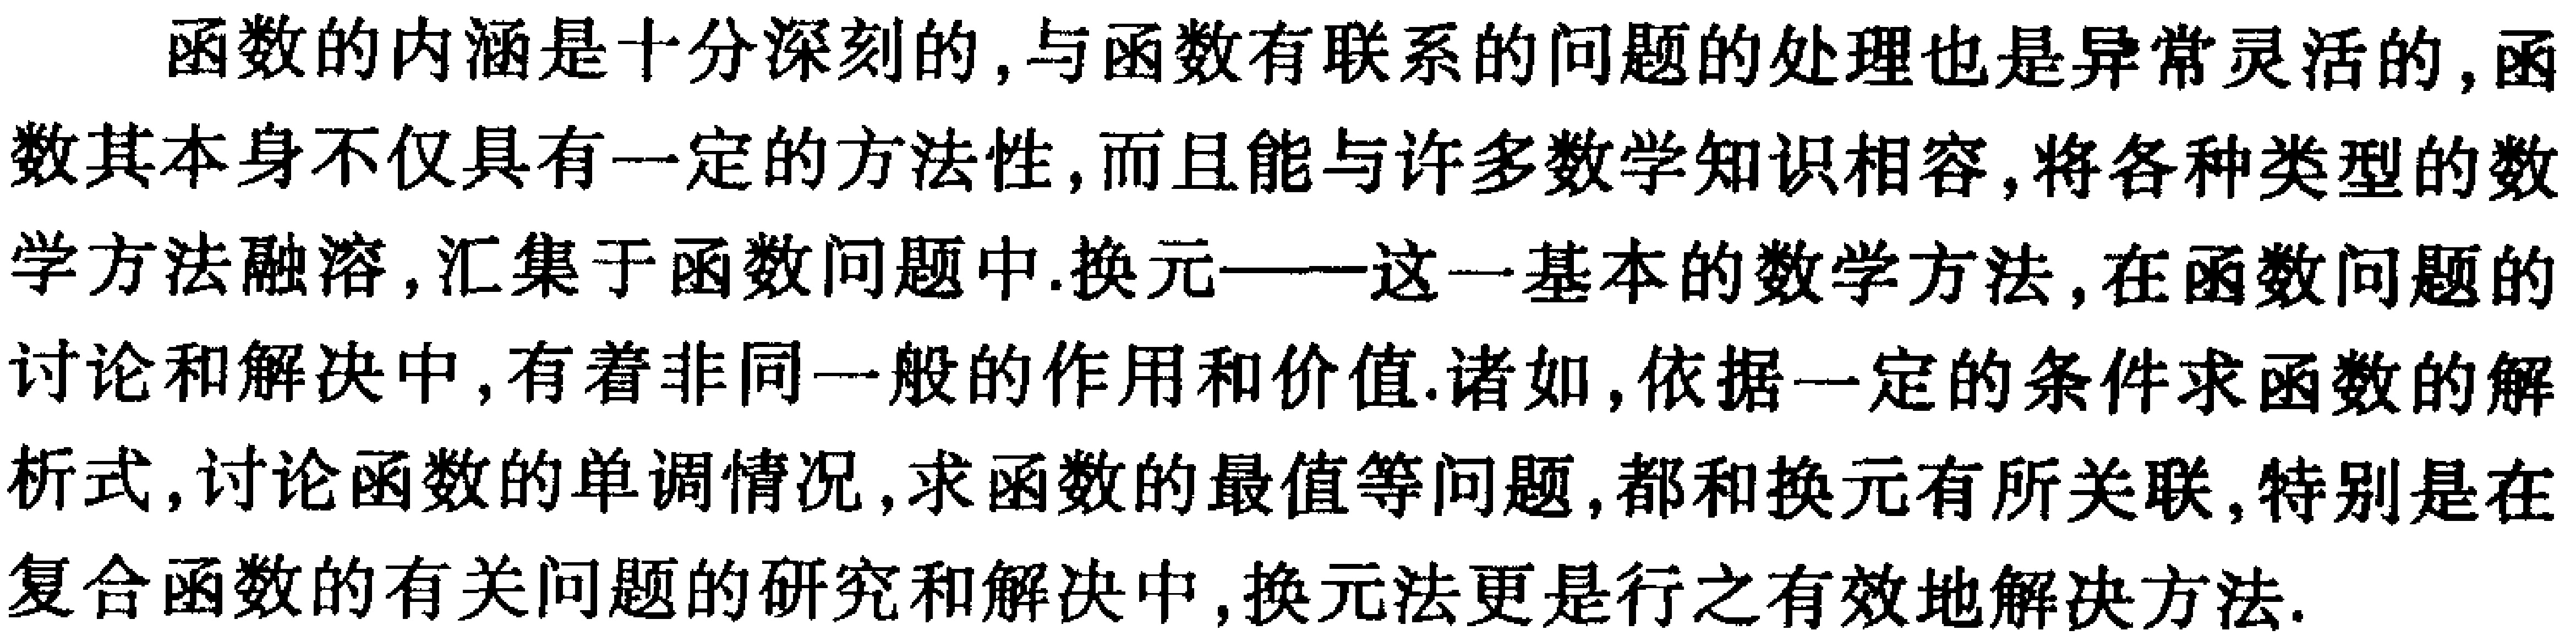
函数的内涵是十分深刻的,与函数有联系的问题的处理也是异常灵活的,函数其本身不仅具有一定的方法性,而且能与许多数学知识相容,将各种类型的数学方法融溶,汇集于函数问题中.换元——这一基本的数学方法,在函数问题的讨论和解决中,有着非同一般的作用和价值.诸如,依据一定的条件求函数的解析式,讨论函数的单调情况,求函数的最值等问题,都和换元有所关联,特别是在复合函数的有关问题的研究和解决中,换元法更是行之有效地解决方法.